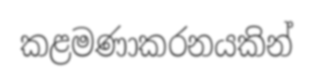
කළමණාකරනයකින්